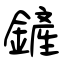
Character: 鏟